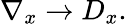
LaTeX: \nabla_{x}\rightarrow D_{x}.